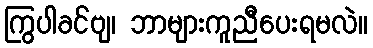
ကြွပါခင်ဗျ၊ ဘာများကူညီပေးရမလဲ။